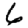
Digit: 6